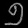
Digit: ၅